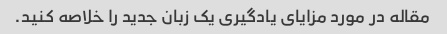
مقاله در مورد مزایای یادگیری یک زبان جدید را خلاصه کنید.